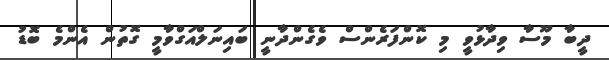
ދީބާ މޫސާ ވިދާޅުވީ މި ކޮންފަރެންސް ވެގެންދާނީ ބައިނަލްއަގްވާމީ ގޮތުން އެންމެ ބޮޑު